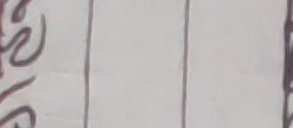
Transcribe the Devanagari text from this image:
विशेष